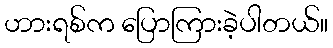
ဟားရစ်က ပြောကြားခဲ့ပါတယ်။